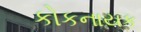
કોકનાયક